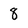
Character: 8